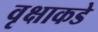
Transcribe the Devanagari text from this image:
वृक्षाकडे